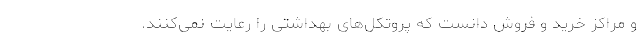
و مراکز خرید و فروش دانست که پروتکل‌های بهداشتی را رعایت نمی‌کنند.